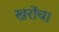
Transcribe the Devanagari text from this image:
खरोंच।